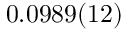
0 . 0 9 8 9 ( 1 2 )